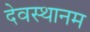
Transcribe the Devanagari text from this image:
देवस्‍थानम